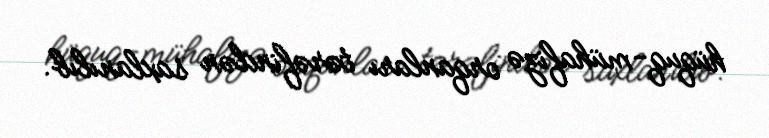
hüquq-mühafizə orqanları tərəfindən saxlanılıb.